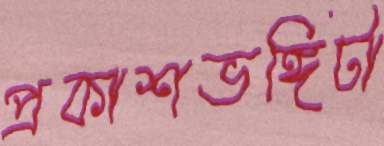
প্রকাশভঙ্গিটা